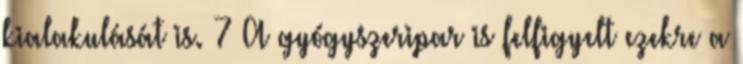
kialakulását is. 7 A gyógyszeripar is felfigyelt ezekre a